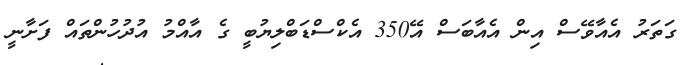
ގަތަރު އެއާވޭސް އިން އެއާބަސް އޭ350 އެކްސްޑަބްލިޔުބީ ގެ އާއްމު އުދުހުންތައް ފަށާނީ